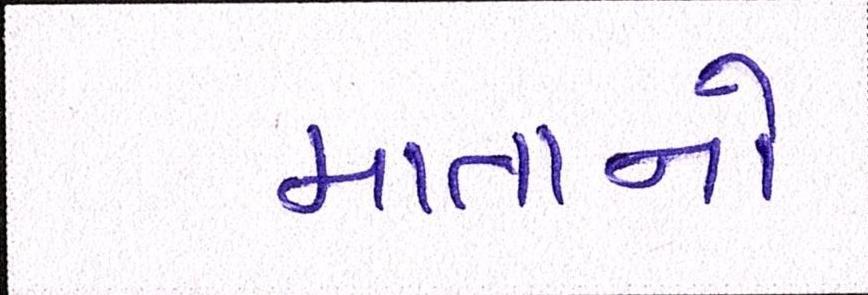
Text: માતાનો